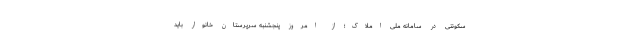
سکونتی در سامانه ملی املاک؛ از امروز پنجشنبه سرپرستان خانوار باید